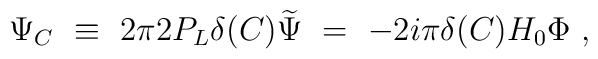
\Psi_C\ \equiv\ 2\pi 2P_L \delta(C)\widetilde \Psi\ =\ -2i\pi \delta(C) H_0 \Phi\ ,